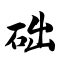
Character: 础